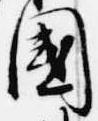
国